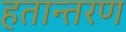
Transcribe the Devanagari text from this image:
हतान्तरण